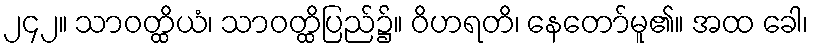
၂၄၂။ သာဝတ္ထိယံ၊ သာဝတ္ထိပြည်၌။ ဝိဟရတိ၊ နေတော်မူ၏။ အထ ခေါ၊